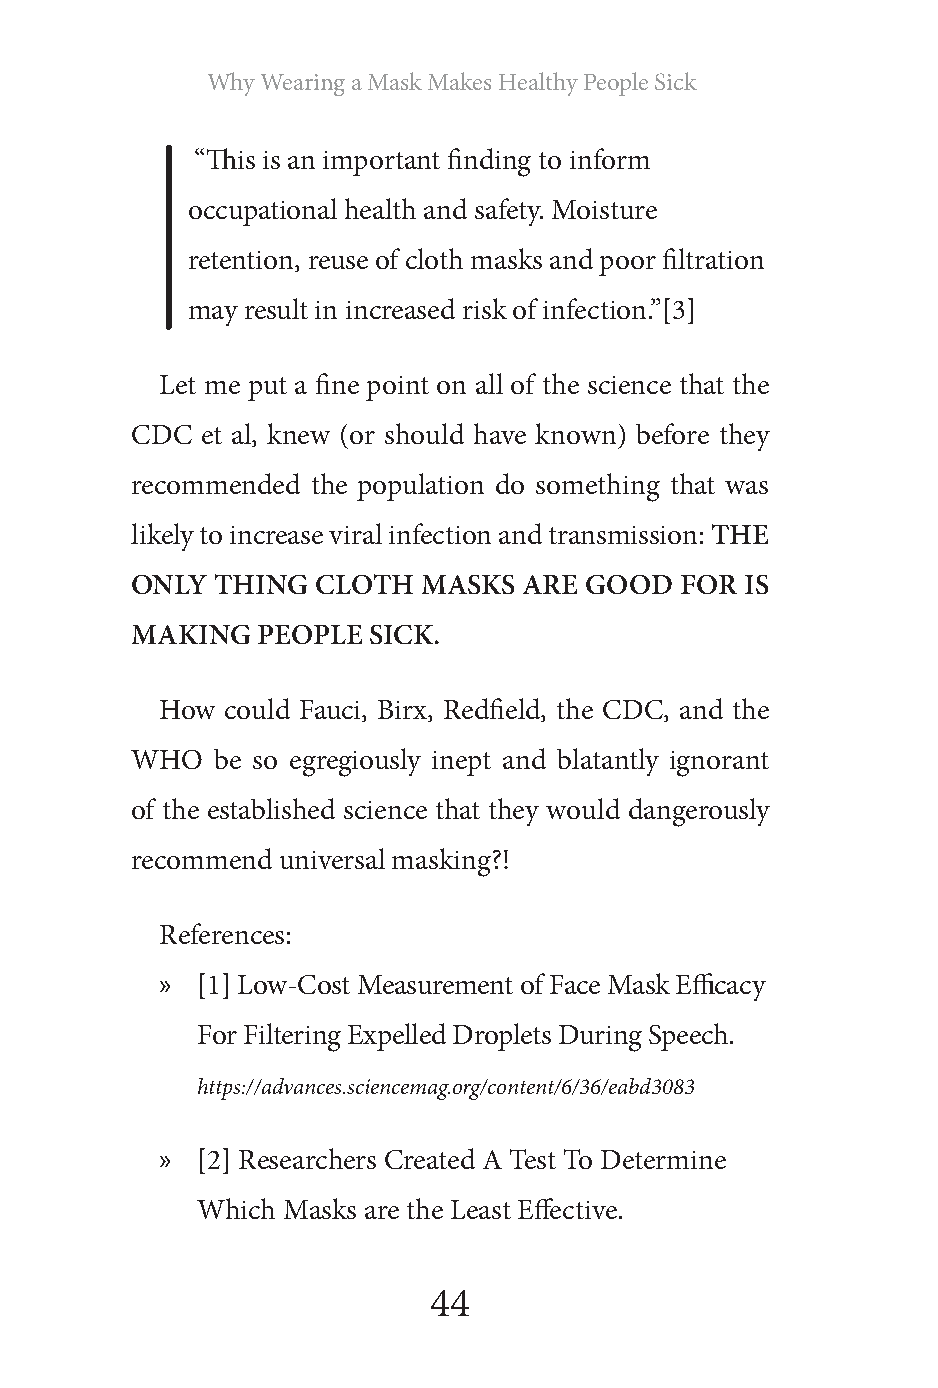
Why Wearing a Mask Makes Healthy People Sick
 “This is an important finding to inform
 occupational health and safety. Moisture
 retention, reuse of cloth masks and poor filtration
 may result in increased risk of infection.”[3]
 Let me put a fine point on all of the science that the
 CDC et al, knew (or should have known) before they
 recommended the population do something that was
 likely to increase viral infection and transmission: THE
 ONLY THING  CLOTH  MASKS  ARE GOOD  FOR IS
 MAKING  PEOPLE SICK.
 How could Fauci, Birx, Redfield, the CDC, and the
 WHO  be so egregiously inept and blatantly ignorant
 of the established science that they would dangerously
 recommend universal masking?!
 References:
 » [1] Low-Cost Measurement of Face Mask Efficacy
 For Filtering Expelled Droplets During Speech.
 https://advances.sciencemag.org/content/6/36/eabd3083
 » [2] Researchers Created A Test To Determine
 Which Masks are the Least Effective.
 44